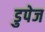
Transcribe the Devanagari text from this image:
डुपेज